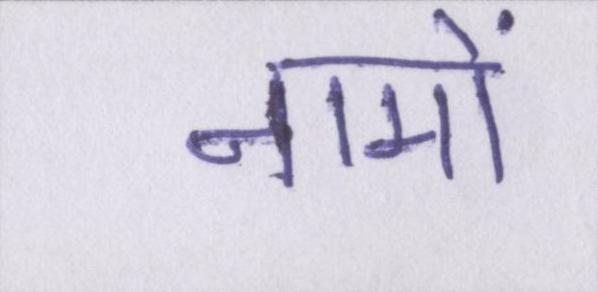
नामों